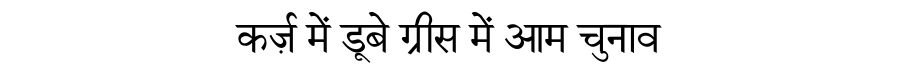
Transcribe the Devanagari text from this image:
कर्ज़ में डूबे ग्रीस में आम चुनाव